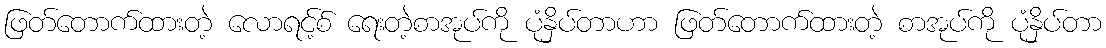
ဖြတ်တောက်ထားတဲ့ လောရင့်စ် ရေးတဲ့စာအုပ်ကို ပုံနှိပ်တာဟာ ဖြတ်တောက်ထားတဲ့ စာအုပ်ကို ပုံနှိပ်တာ